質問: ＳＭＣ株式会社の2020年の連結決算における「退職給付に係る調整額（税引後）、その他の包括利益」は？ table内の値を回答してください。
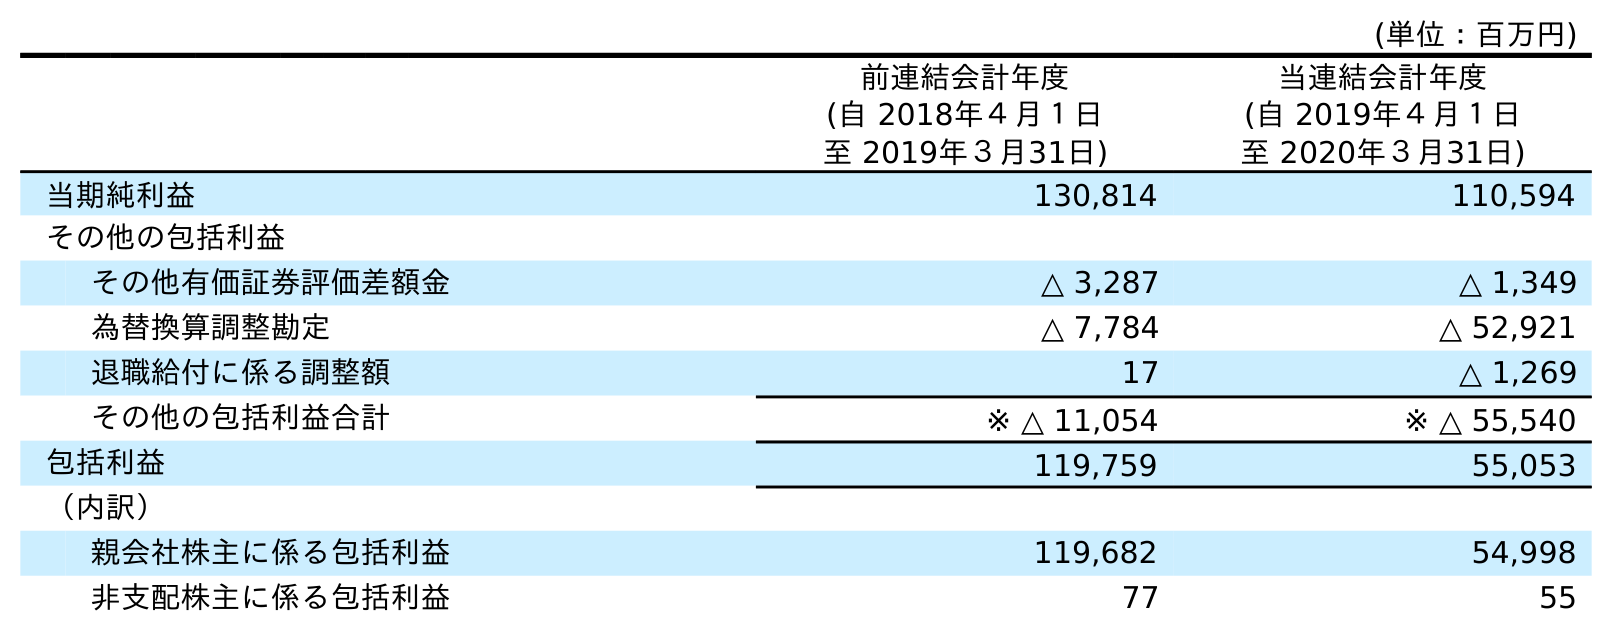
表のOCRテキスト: (単位：百万円) 前連結会計年度 (自 2018年４月１日 至 2019年３月31日) 当連結会計年度 (自 2019年４月１日 至 2020年３月31日) 当期純利益 130,814 110,594 その他の包括利益 その他有価証券評価差額金 △ 3,287 △ 1,349 為替換算調整勘定 △ 7,784 △ 52,921 退職給付に係る調整額 17 △ 1,269 その他の包括利益合計 ※ △ 11,054 ※ △ 55,540 包括利益 119,759 55,053 （内訳） 親会社株主に係る包括利益 119,682 54,998 非支配株主に係る包括利益 77 55
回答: △1,269